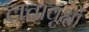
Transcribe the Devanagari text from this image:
लतावृक्षों